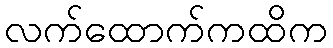
လက်ထောက်ကထိက